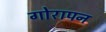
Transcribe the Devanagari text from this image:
गोरापन